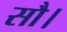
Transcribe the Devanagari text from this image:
सौ।